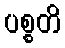
ပစ္စတိ